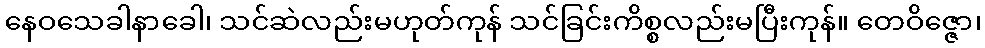
နေဝသေခါနာခေါ၊ သင်ဆဲလည်းမဟုတ်ကုန် သင်ခြင်းကိစ္စလည်းမပြီးကုန်။ တေဝိဇ္ဇော၊